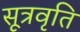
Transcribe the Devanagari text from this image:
सूत्रवृति